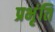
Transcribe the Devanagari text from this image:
प्रभृंति